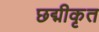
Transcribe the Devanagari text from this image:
छद्मीकृत